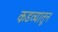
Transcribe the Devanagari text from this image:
कडव्यातून